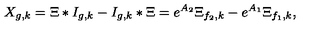
X _ { g , k } = \Xi \ast I _ { g , k } - I _ { g , k } \ast \Xi = e ^ { A _ { 2 } } \Xi _ { f _ { 2 } , k } - e ^ { A _ { 1 } } \Xi _ { f _ { 1 } , k } ,